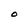
Character: O